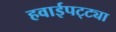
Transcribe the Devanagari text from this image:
हवाईपट्ट्या